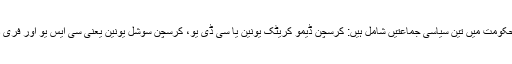
جرمنی ميں وفاقی يا مرکزی حکومت ميں تين سياسی جماعتيں شامل ہيں: کرسچن ڈيمو کريٹک يونين يا سی ڈی يو، کرسچن سوشل يونين يعنی سی ايس يو اور فری ڈيموکريٹک پارٹی ايف ڈی پی۔